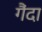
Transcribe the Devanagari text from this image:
गैंदा